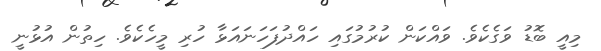
މިއީ ބޮޑު ވަގެކެވެ. ވައްކަން ކުރުމުގައި ހައްދުފަހަނައަޅާ ހުރި މީހެކެވެ. ހިތުން އުޅުނީ